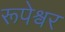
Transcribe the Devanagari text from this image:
रूपेश्वर